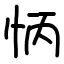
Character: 怲